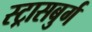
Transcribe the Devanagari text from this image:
स्ट्रासबुर्ग